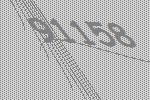
91158